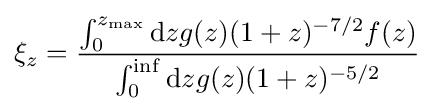
\xi _{z}={\frac {\int _{0}^{z_{\text{max}}}\mathrm {d} zg(z)(1+z)^{-7/2}f(z)}{\int _{0}^{\inf }\mathrm {d} zg(z)(1+z)^{-5/2}}}